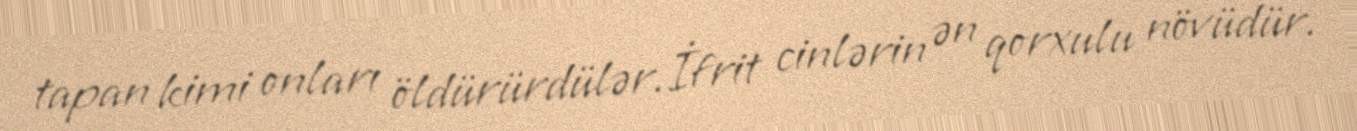
tapan kimi onları öldürürdülər.İfrit cinlərin ən qorxulu növüdür.